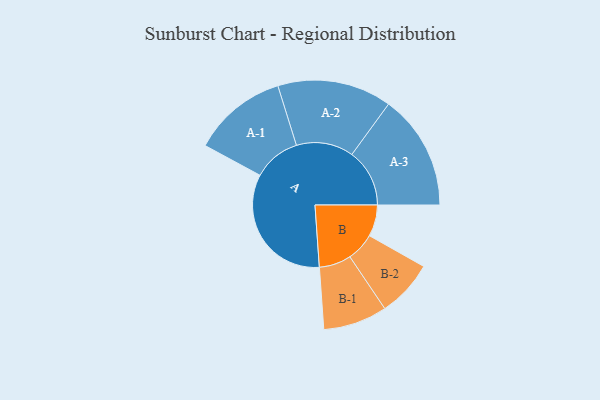
{"axis": {"x": "Segment", "y": "Value"}, "legend": ["", "A", "B"], "data": [{"x": "A", "y": 470, "type": ""}, {"x": "B", "y": 113, "type": ""}, {"x": "A-1", "y": 170, "type": "A"}, {"x": "A-2", "y": 205, "type": "A"}, {"x": "A-3", "y": 207, "type": "A"}, {"x": "B-1", "y": 115, "type": "B"}, {"x": "B-2", "y": 102, "type": "B"}]}